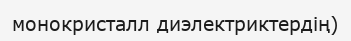
монокристалл диэлектриктердің)